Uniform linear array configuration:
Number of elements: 32
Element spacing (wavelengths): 0.25
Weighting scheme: uniform
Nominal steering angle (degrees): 15
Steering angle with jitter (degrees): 14.641
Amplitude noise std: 0.05
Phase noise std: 0.05

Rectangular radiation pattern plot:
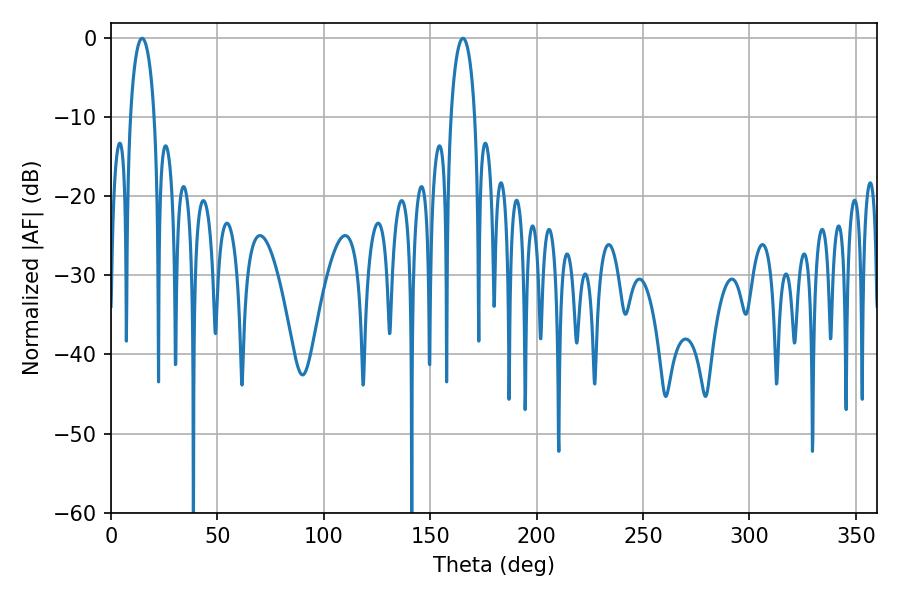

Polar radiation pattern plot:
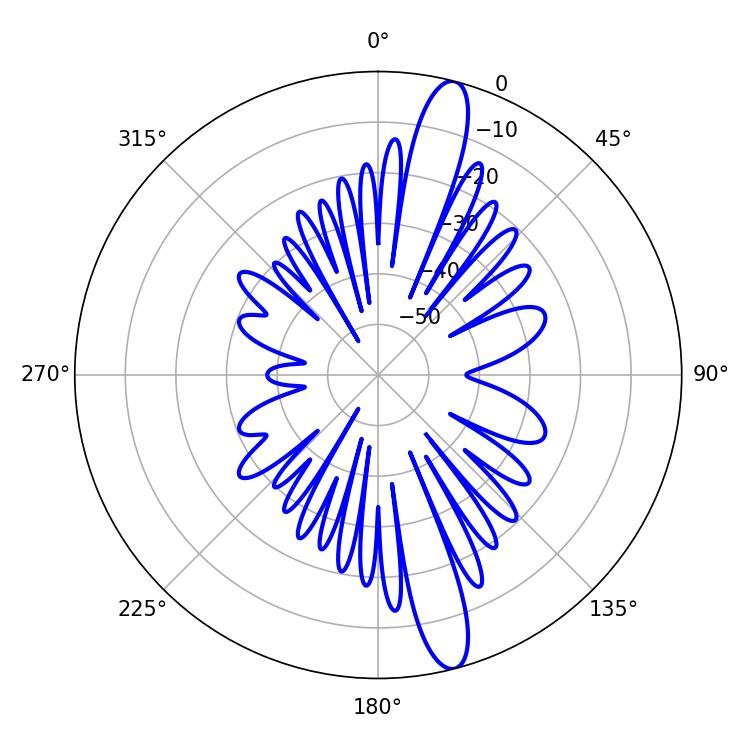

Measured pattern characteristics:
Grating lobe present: FALSE
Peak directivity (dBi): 14.872
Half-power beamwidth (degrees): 6.48
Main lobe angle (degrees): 14.58